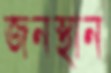
জনস্থান